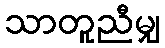
သာတူညီမျှ